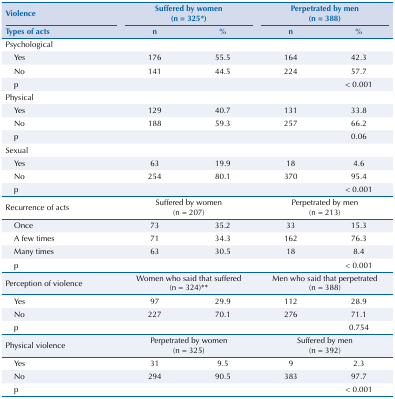
<table><thead><tr><td><b>Violence</b></td><td colspan="2"><b>Suffered by women (n = 325*)</b></td><td colspan="2"><b>Perpetrated by men (n = 388)</b></td></tr><tr><td><b>Types of acts</b></td><td><b>n</b></td><td><b>%</b></td><td><b>n</b></td><td><b>%</b></td></tr></thead><tbody><tr><td>Psychological</td><td> </td><td> </td><td> </td><td> </td></tr><tr><td>Yes</td><td>176</td><td>55.5</td><td>164</td><td>42.3</td></tr><tr><td>No</td><td>141</td><td>44.5</td><td>224</td><td>57.7</td></tr><tr><td>p</td><td> </td><td> </td><td> </td><td>&lt; 0.001</td></tr><tr><td>Physical</td><td> </td><td> </td><td> </td><td> </td></tr><tr><td>Yes</td><td>129</td><td>40.7</td><td>131</td><td>33.8</td></tr><tr><td>No</td><td>188</td><td>59.3</td><td>257</td><td>66.2</td></tr><tr><td>p</td><td> </td><td> </td><td> </td><td>0.06</td></tr><tr><td>Sexual</td><td> </td><td> </td><td> </td><td> </td></tr><tr><td>Yes</td><td>63</td><td>19.9</td><td>18</td><td>4.6</td></tr><tr><td>No</td><td>254</td><td>80.1</td><td>370</td><td>95.4</td></tr><tr><td>p</td><td> </td><td> </td><td> </td><td>&lt; 0.001</td></tr><tr><td>Recurrence of acts</td><td colspan="2">Suffered by women (n = 207)</td><td colspan="2">Perpetrated by men (n = 213)</td></tr><tr><td>Once</td><td>73</td><td>35.2</td><td>33</td><td>15.3</td></tr><tr><td>A few times</td><td>71</td><td>34.3</td><td>162</td><td>76.3</td></tr><tr><td>Many times</td><td>63</td><td>30.5</td><td>18</td><td>8.4</td></tr><tr><td>p</td><td> </td><td> </td><td> </td><td>&lt; 0.001</td></tr><tr><td>Perception of violence</td><td colspan="2">Women who said that suffered (n = 324)**</td><td colspan="2">Men who said that perpetrated (n = 388)</td></tr><tr><td>Yes</td><td>97</td><td>29.9</td><td>112</td><td>28.9</td></tr><tr><td>No</td><td>227</td><td>70.1</td><td>276</td><td>71.1</td></tr><tr><td>p</td><td> </td><td> </td><td> </td><td>0.754</td></tr><tr><td>Physical violence</td><td colspan="2">Perpetrated by women (n = 325)</td><td colspan="2">Suffered by men (n = 392)</td></tr><tr><td>Yes</td><td>31</td><td>9.5</td><td>9</td><td>2.3</td></tr><tr><td>No</td><td>294</td><td>90.5</td><td>383</td><td>97.7</td></tr><tr><td>p</td><td> </td><td> </td><td> </td><td>&lt; 0.001</td></tr></tbody></table>